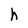
Character: h